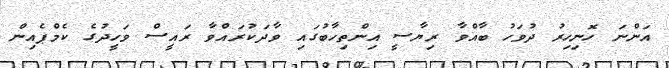
އަންނަ ހޮނިހިރު ދުވަހު ބާއްވާ ރިޔާސީ އިންތިހާބުގައި ވާދަކުރައްވާ ރައީސް ވަހީދުގެ ކެމްޕެއިން